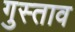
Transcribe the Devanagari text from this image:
गुस्‍ताव